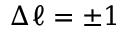
\Delta \ell = \pm 1